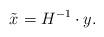
LaTeX: \begin{align*}\tilde{x}_{} = H^{-1} \cdot y_{}.\end{align*}